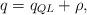
LaTeX: \begin{align*}q=q_{QL}+\rho,\end{align*}